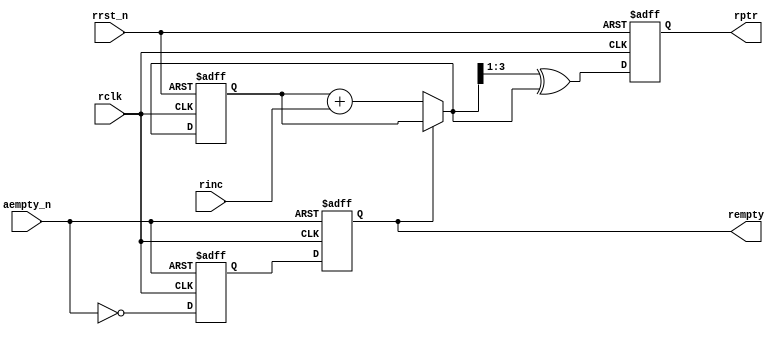
module RPTR_EMPTY #(parameter ASIZE = 4)
(
//input signals
input                   rclk,                //read clock
input                   rrst_n,              //read reset
input                   rinc,                //read enable

input                   aempty_n,            //almost empty
//output signals
output reg  [ASIZE-1:0] rptr,                //updated read address
output reg              rempty               //fifo empty
);

reg                     aempty_d1;            //delay one clock cycle for aempty_n

reg    [ASIZE-1:0]      rbin;                //binary address counter
wire   [ASIZE-1:0]      rbnext;              //binary next address
wire   [ASIZE-1:0]      rgnext;              //gray code next address

always @(posedge rclk or negedge rrst_n)
	if(rrst_n == 1'b0)
		begin
			rbin <= 0;
			rptr <= 0;
		end
	else
		begin
			rbin <= rbnext;
			rptr <= rgnext;
		end

assign rbnext = (rempty == 1'b0) ? (rbin + rinc) : rbin;   //update rbnext if not empty and read enable(rinc)
assign rgnext = (rbnext >> 1) ^ rbnext;                    //binary to gray code

always @(posedge rclk or negedge aempty_n)
	if(aempty_n == 1'b0)
		{rempty, aempty_d1} <= 2'b11;
    else
		{rempty, aempty_d1} <= {aempty_d1, ~aempty_n};

endmodule